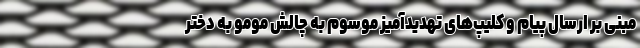
مبنی بر ارسال پیام و کلیپ‌های تهدیدآمیز موسوم به چالش مومو به دختر